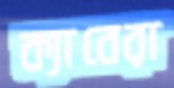
ক্যাবেরা